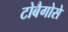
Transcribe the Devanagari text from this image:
टोबैगोसे